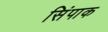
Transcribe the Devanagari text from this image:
सिंपाक